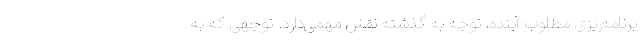
برنامه‌ریزی مطلوب آینده، توجه به گذشته نقش مهمی‌دارد. توجهی که به